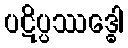
ပဋိပ္ပဿဒ္ဓေါ